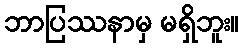
ဘာပြဿနာမှ မရှိဘူး။